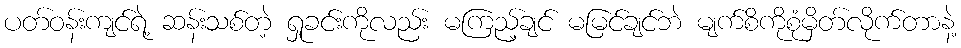
ပတ်ဝန်းကျင်ရဲ့ ဆန်းသစ်တဲ့ ရှုခင်းကိုလည်း မကြည့်ချင် မမြင်ချင်ဘဲ မျက်စိကိုစုံမှိတ်လိုက်တာနဲ့